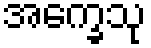
အက္ခေသု